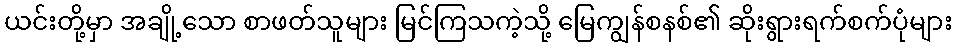
ယင်းတို့မှာ အချို့သော စာဖတ်သူများ မြင်ကြသကဲ့သို့ မြေကျွန်စနစ်၏ ဆိုးရွားရက်စက်ပုံများ